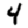
Digit: 4